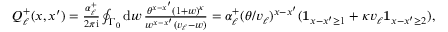
\textstyle Q _ { \ell } ^ { + } ( x , x ^ { \prime } ) = \frac { \alpha _ { \ell } ^ { + } } { 2 \pi \mathrm { i } } \oint _ { \Gamma _ { 0 } } \mathrm { d } w \, \frac { \theta ^ { x - x ^ { \prime } } ( 1 + w ) ^ { \kappa } } { w ^ { x - x ^ { \prime } } ( v _ { \ell } - w ) } = \alpha _ { \ell } ^ { + } ( \theta / v _ { \ell } ) ^ { x - x ^ { \prime } } ( \mathbf { 1 } _ { x - x ^ { \prime } \geq 1 } + \kappa v _ { \ell } \mathbf { 1 } _ { x - x ^ { \prime } \geq 2 } ) ,